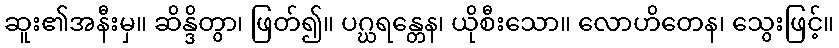
ဆူး၏အနီးမှ။ ဆိန္ဒိတွာ၊ ဖြတ်၍။ ပဂ္ဃရန္တေန၊ ယိုစီးသော။ လောဟိတေန၊ သွေးဖြင့်။